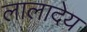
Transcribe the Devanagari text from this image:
लालादेय